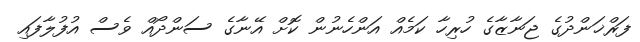
ފަރްޚަންދުގެ ޖަނާޒާގެ ހުރިހާ ކަމެއް އަންހެނުން ކޮށް އޭނާގެ ސަންދޯއް ވެސް އުފުލާފައި